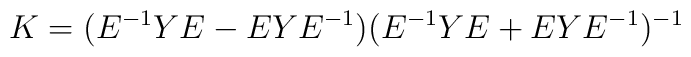
K = (E^{-1}Y E - E Y E^{-1})(E^{-1}Y E + E Y E^{-1})^{-1}